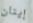
إيثان